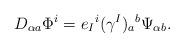
LaTeX: \begin{align*}D_{\alpha a }\Phi^{i}=e_{I}{}^{i}(\gamma^{I})_{ a }{}^{ b }\Psi_{\alpha b }.\end{align*}